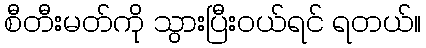
စီတီးမတ်ကို သွားပြီးဝယ်ရင် ရတယ်။